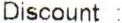
DISCOUNT :